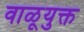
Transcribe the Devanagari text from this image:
वाळूयुक्त